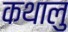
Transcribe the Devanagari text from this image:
कथालु